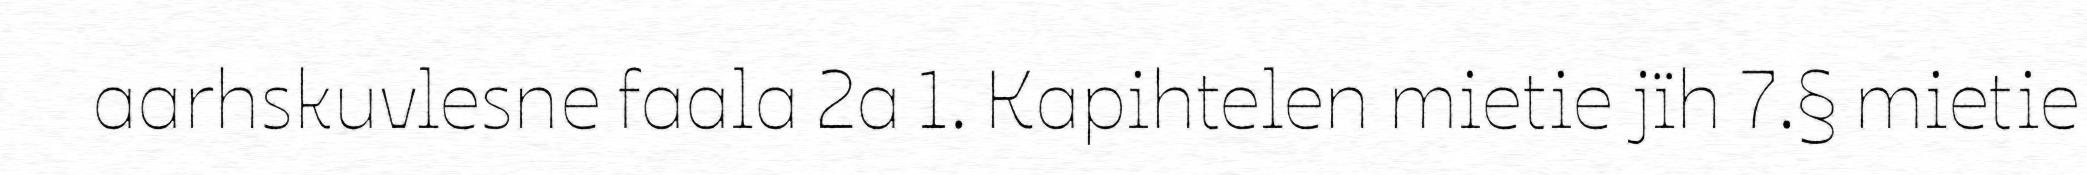
aarhskuvlesne faala 2a 1. Kapihtelen mietie jïh 7.§ mietie